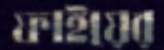
ফাইয়ের